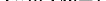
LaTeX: \smash{\{ \mathit{z}_{m}\} _{m=1}^{M}}